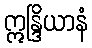
ဣန္ဒြိယာနံ